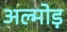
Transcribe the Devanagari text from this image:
अल्मोड़